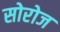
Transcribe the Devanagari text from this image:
सोरोज